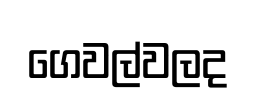
ගෙවල්වලද